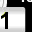
Digit: 1